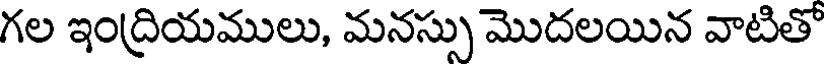
గల ఇంద్రియములు, మనస్సు మొదలయిన వాటితో